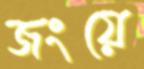
জংয়ে